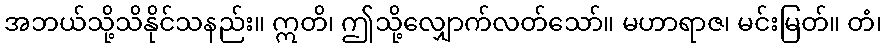
အဘယ်သို့သိနိုင်သနည်း။ ဣတိ၊ ဤသို့လျှောက်လတ်သော်။ မဟာရာဇ၊ မင်းမြတ်။ တံ၊